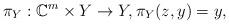
LaTeX: \begin{align*}\pi_Y:\mathbb{C}^m\times Y\rightarrow Y, \pi_Y(z,y)=y,\end{align*}